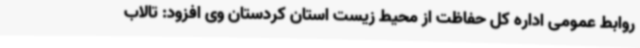
روابط عمومی اداره کل حفاظت از محیط زیست استان کردستان وی افزود: تالاب